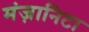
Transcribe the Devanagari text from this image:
मंज़ानिटा